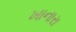
ખાનારા